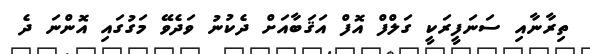
ތިރާނާއި ސަނަފީރަކީ ގަލްފް އޮފް އަޤަބާއަށް ދެކުނު ވަދެވޭ މަގުގައި އޮންނަ ދެ